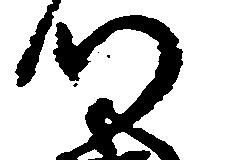
つ